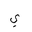
Letter: _ya